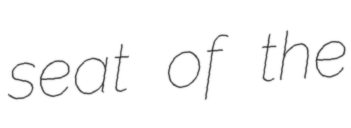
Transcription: seat of the